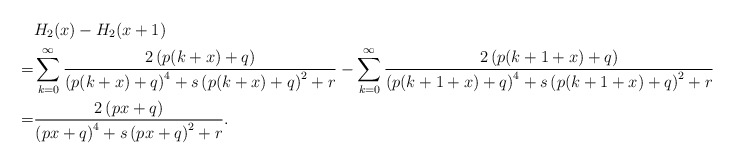
\begin{align*}&H_2(x)-H_2(x+1)\\=&\sum_{k=0}^{\infty}\frac{2\left(p(k+x)+q\right)}{\left(p(k+x)+q\right)^4+s\left(p(k+x)+q\right)^2+r}-\sum_{k=0}^{\infty}\frac{2\left(p(k+1+x)+q\right)}{\left(p(k+1+x)+q\right)^4+s\left(p(k+1+x)+q\right)^2+r}\\=&\frac{2\left(px+q\right)}{\left(px+q\right)^4+s\left(px+q\right)^2+r}.\end{align*}